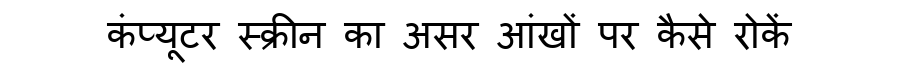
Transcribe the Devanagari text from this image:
कंप्यूटर स्क्रीन का असर आंखों पर कैसे रोकें